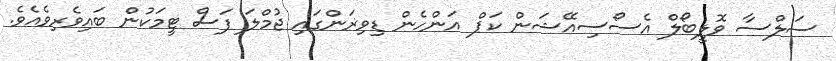
ސަލްސާ ވޮލީބޯލް އެސޯސިއޭޝަން ކަޕް އަންހެން ޑިވިޜަންގައި ޖުމްލަ ފަސް ޓީމަކުން ބައިވެރިވެއެވެ.